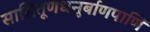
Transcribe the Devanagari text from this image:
सासितूणधनुर्बाणपाणिं